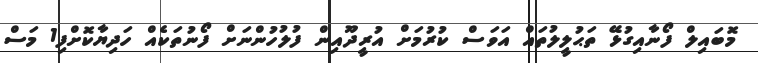
މޮބައިލް ފޯނާއިގުޅޭ ތަޙުލީލުތައް އަވަސް ކުރުމަށް އުރީދޫއިން ފުލުހުންނަށް ފޯނުތަކެއް ހަދިޔާކޮށްފި1 މަސް